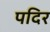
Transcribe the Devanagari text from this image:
पदिर